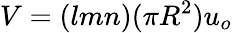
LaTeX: V=(lmn)(\pi R^{2})u_{o}